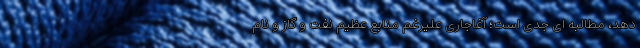
دهد، مطالبه ای جدی است؛ آغاجاری علیرغم منابع عظیم نفت و گاز و نام